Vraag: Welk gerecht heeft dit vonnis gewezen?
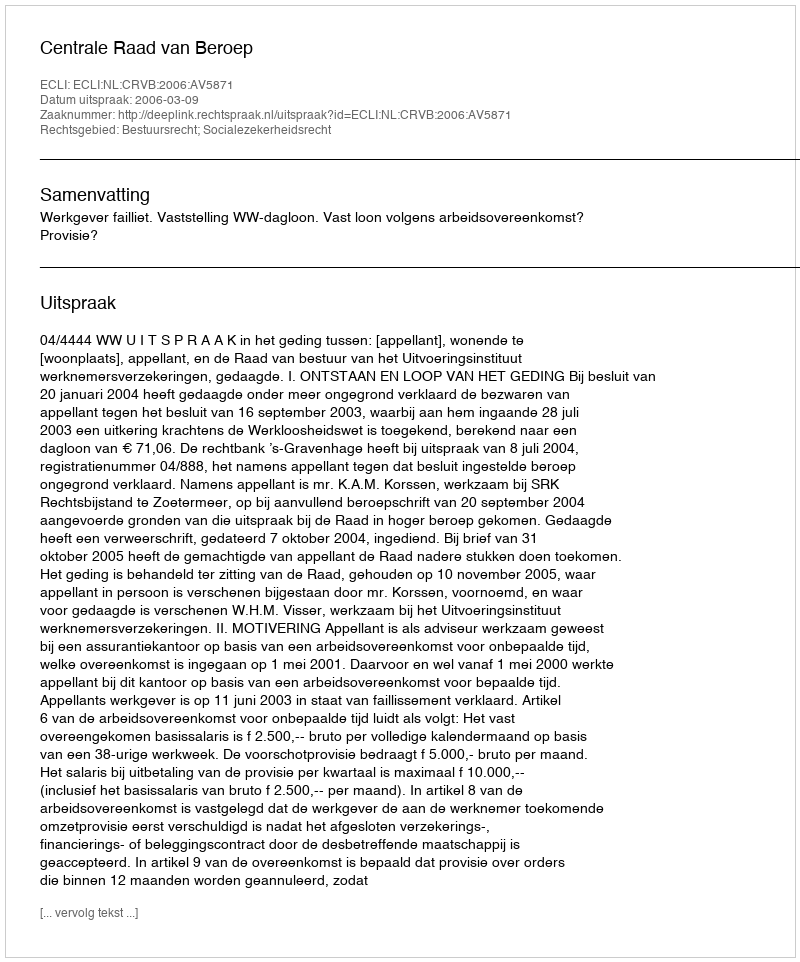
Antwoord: Centrale Raad van Beroep